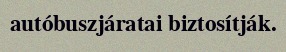
autóbuszjáratai biztosítják.